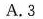
A.3